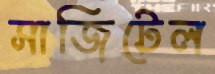
সাজিটেল